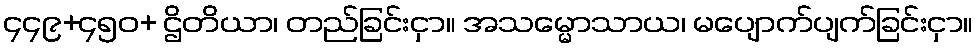
၄၄၉+၄၅၀+ ဌိတိယာ၊ တည်ခြင်းငှာ။ အသမ္မောသာယ၊ မပျောက်ပျက်ခြင်းငှာ။